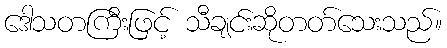
ဒေါသတကြီးဖြင့် သီချင်းဆိုတတ်သေးသည်။